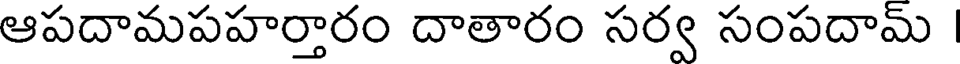
ఆపదామపహర్తారం దాతారం సర్వ సంపదామ్